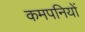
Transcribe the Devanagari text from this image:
कमपनियों